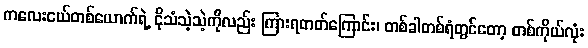
ကလေးငယ်တစ်ယောက်ရဲ့ ငိုသံသဲ့သဲ့ကိုလည်း ကြားရတတ်ကြောင်း၊ တစ်ခါတစ်ရံတွင်တော့ တစ်ကိုယ်လုံး